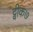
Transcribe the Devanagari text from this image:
ट्वीक७